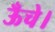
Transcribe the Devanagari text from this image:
ऊँचे।